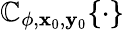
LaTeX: \mathbb{C}_{\phi,\mathbf{{x}}_{0},\mathbf{{y}}_{0}}\{ \cdot\}